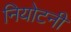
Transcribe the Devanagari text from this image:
नियोटनी